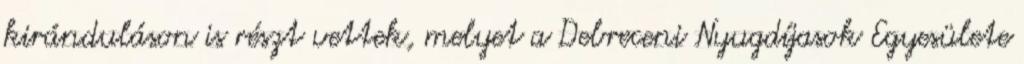
kiránduláson is részt vettek, melyet a Debreceni Nyugdíjasok Egyesülete